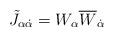
LaTeX: \begin{align*}\tilde{J}_{\alpha\dot{\alpha}}=W_{\alpha}\overline{W}_{\dot{\alpha}}\end{align*}